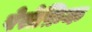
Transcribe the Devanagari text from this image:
पेसेफ़िक